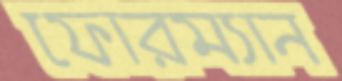
ফোরম্যান